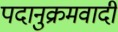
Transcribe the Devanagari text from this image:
पदानुक्रमवादी